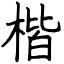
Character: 楷